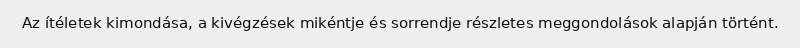
Az ítéletek kimondása, a kivégzések mikéntje és sorrendje részletes meggondolások alapján történt.